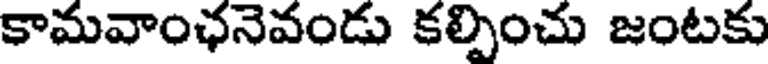
కామవాంఛనెవండు కల్పించు జంటకు